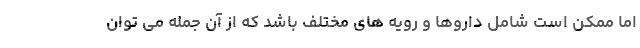
اما ممکن است شامل داروها و رویه های مختلف باشد که از آن جمله می توان